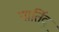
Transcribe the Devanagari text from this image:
पार्तिदू